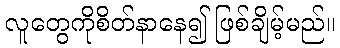
လူတွေကိုစိတ်နာနေ၍ ဖြစ်ချိမ့်မည်။